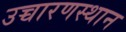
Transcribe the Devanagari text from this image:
उच्चारणस्थान